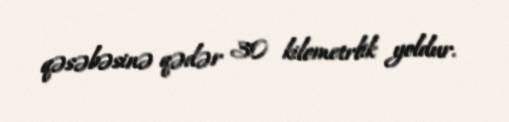
qəsəbəsinə qədər 30 kilometrlik yoldur.